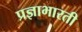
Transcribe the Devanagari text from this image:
प्रज्ञाभारती